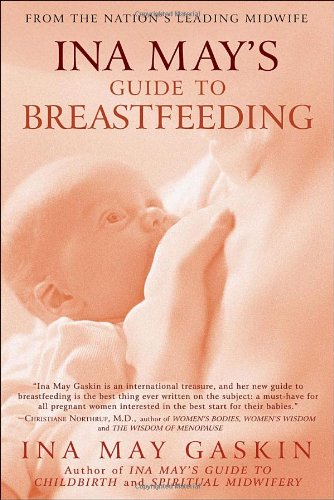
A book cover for Ina May's Guide to Breastfeeding; Ina May Gaskin; Parenting & Relationships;